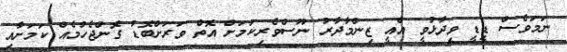
ނަމަވެސް ޑީޑީ ވިދާޅުވީ އެއީ ޒިންމާދާރު ނޫސްވެރިކަމަށް އޮތް ވަރަށްބޮޑު ގޮންޖެހުމެއް ކަމަށާއި